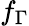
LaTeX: f_{\Gamma}